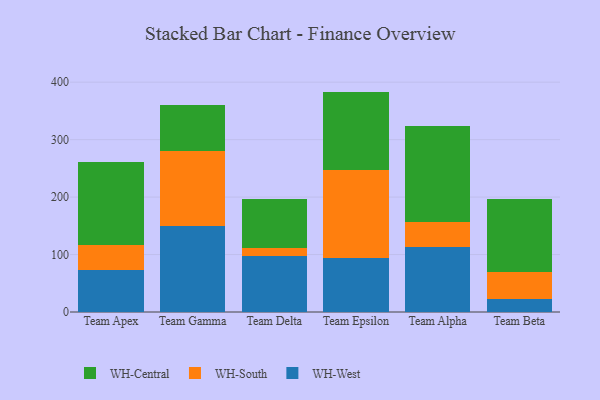
{"axis": {"x": "Team", "y": "Headcount"}, "legend": ["WH-Central", "WH-South", "WH-West"], "data": [{"x": "Team Apex", "y": 73.5, "type": "WH-West"}, {"x": "Team Apex", "y": 42.4, "type": "WH-South"}, {"x": "Team Apex", "y": 145.4, "type": "WH-Central"}, {"x": "Team Gamma", "y": 149.8, "type": "WH-West"}, {"x": "Team Gamma", "y": 131.0, "type": "WH-South"}, {"x": "Team Gamma", "y": 79.3, "type": "WH-Central"}, {"x": "Team Delta", "y": 98.0, "type": "WH-West"}, {"x": "Team Delta", "y": 14.0, "type": "WH-South"}, {"x": "Team Delta", "y": 84.8, "type": "WH-Central"}, {"x": "Team Epsilon", "y": 93.7, "type": "WH-West"}, {"x": "Team Epsilon", "y": 153.1, "type": "WH-South"}, {"x": "Team Epsilon", "y": 136.8, "type": "WH-Central"}, {"x": "Team Alpha", "y": 113.3, "type": "WH-West"}, {"x": "Team Alpha", "y": 44.1, "type": "WH-South"}, {"x": "Team Alpha", "y": 166.4, "type": "WH-Central"}, {"x": "Team Beta", "y": 22.7, "type": "WH-West"}, {"x": "Team Beta", "y": 46.9, "type": "WH-South"}, {"x": "Team Beta", "y": 127.8, "type": "WH-Central"}]}